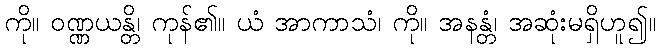
ကို။ ဝဏ္ဏယန္တိ၊ ကုန်၏။ ယံ အာကာသံ၊ ကို။ အနန္တံ၊ အဆုံးမရှိဟူ၍။